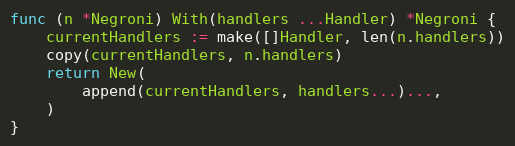
Language: Go
func (n *Negroni) With(handlers ...Handler) *Negroni {
	currentHandlers := make([]Handler, len(n.handlers))
	copy(currentHandlers, n.handlers)
	return New(
		append(currentHandlers, handlers...)...,
	)
}